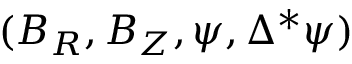
( \boldsymbol { B } _ { R } , \boldsymbol { B } _ { Z } , \boldsymbol { \psi } , \Delta ^ { * } \boldsymbol { \psi } )